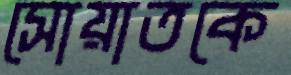
সোয়াতকে